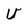
Character: U